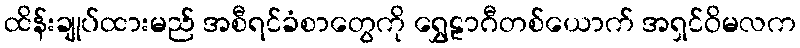
ထိန်းချုပ်ထားမည် အစီရင်ခံစာတွေကို ရွှေဠာဂီတစ်ယောက် အရှင်ဝိမလက